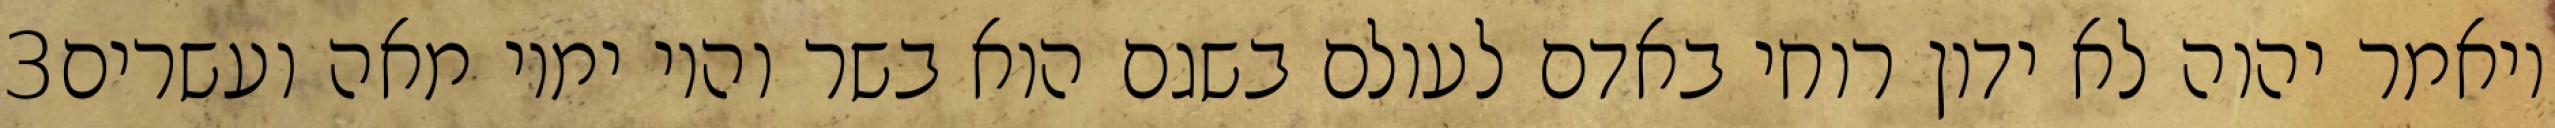
‎3‏ ויאמר יהוה לא ידון רוחי באדם לעולם בשגם הוא בשר והיו ימיו מאה ועשרים